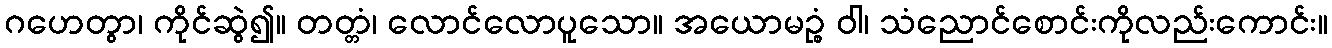
ဂဟေတွာ၊ ကိုင်ဆွဲ၍။ တတ္တံ၊ လောင်လောပူသော။ အယောမဉ္စံ ဝါ၊ သံညောင်စောင်းကိုလည်းကောင်း။